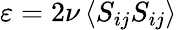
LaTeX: \varepsilon=2\nu\left\langle{{S}_{ij}}{{S}_{ij}}\right\rangle